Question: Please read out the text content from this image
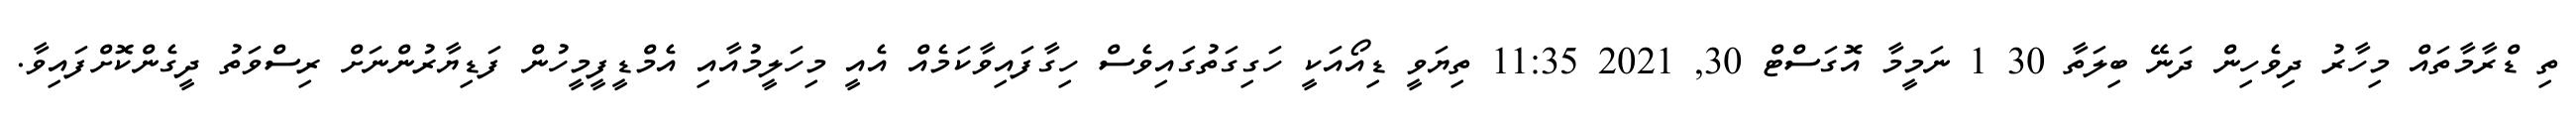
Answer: ތި ޑްރާމާތައް މިހާރު ދިވެހިން ދަނޭ ބިލަތާ 30 1 ނަމީމާ އޮގަސްޓް 30, 2021 11:35 ތިޔަވީ ޑިއޯއަކީ ހަގިގަތުގައިވެސް ހިގާފައިވާކަމެއް އެއީ މިހަލީމުއާއި އެމްޑީފީމީހުން ފަޑިޔާރުންނަށް ރިސްވަތު ދީގެންކޮށްފައިވާ.